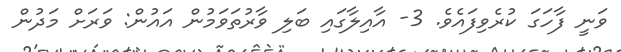
ވަނީ ފާހަގަ ކުރެވިފައެވެ. 3- އާއިލާގައި ބަލި ވާރުތަވަމުން އައުން: ވަރަށް މަދުން